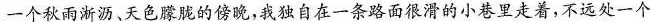
一个秋雨淅沥、天色朦胧的傍晚，我独自在一条路面很滑的小巷里走着，不远处一个